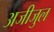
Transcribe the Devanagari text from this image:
अजीजुल